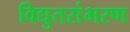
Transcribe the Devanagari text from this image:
विद्युतसंभरण